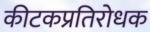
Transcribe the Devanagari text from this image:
कीटकप्रतिरोधक